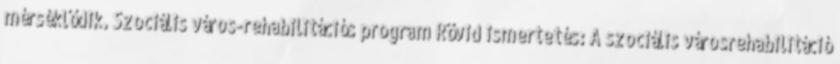
mérséklődik. Szociális város-rehabilitációs program Rövid ismertetés: A szociális városrehabilitáció